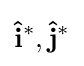
\mathbf {\hat {i}} ^{*},\mathbf {\hat {j}} ^{*}